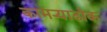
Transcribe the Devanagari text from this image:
कामऱ्याढोक